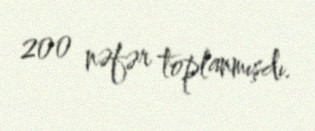
200 nəfər toplanmışdı.